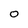
Character: O